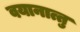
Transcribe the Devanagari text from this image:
वयानात्तु